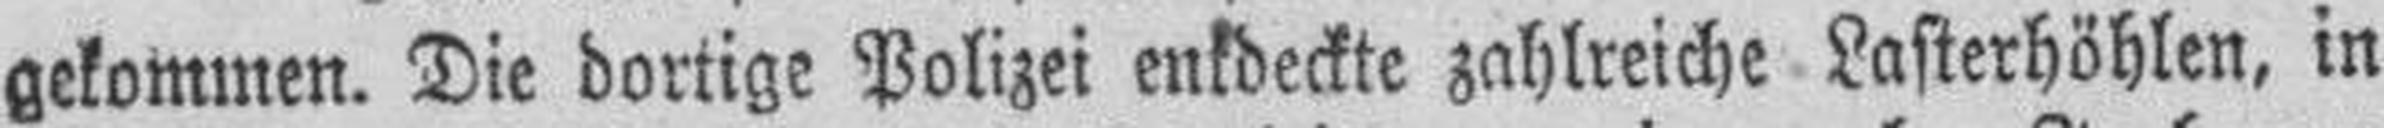
gekommen. Die dortige Polizei entdeckte zahlreiche Lasterhöhlen, in